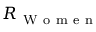
R _ { \mathrm { ~ W ~ o ~ m ~ e ~ n ~ } }